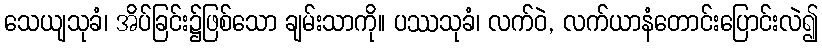
သေယျသုခံ၊ အိပ်ခြင်း၌ဖြစ်သော ချမ်းသာကို။ ပဿသုခံ၊ လက်ဝဲ, လက်ယာနံတောင်းပြောင်းလဲ၍